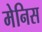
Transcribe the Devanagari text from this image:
मेनिस